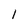
Character: 1